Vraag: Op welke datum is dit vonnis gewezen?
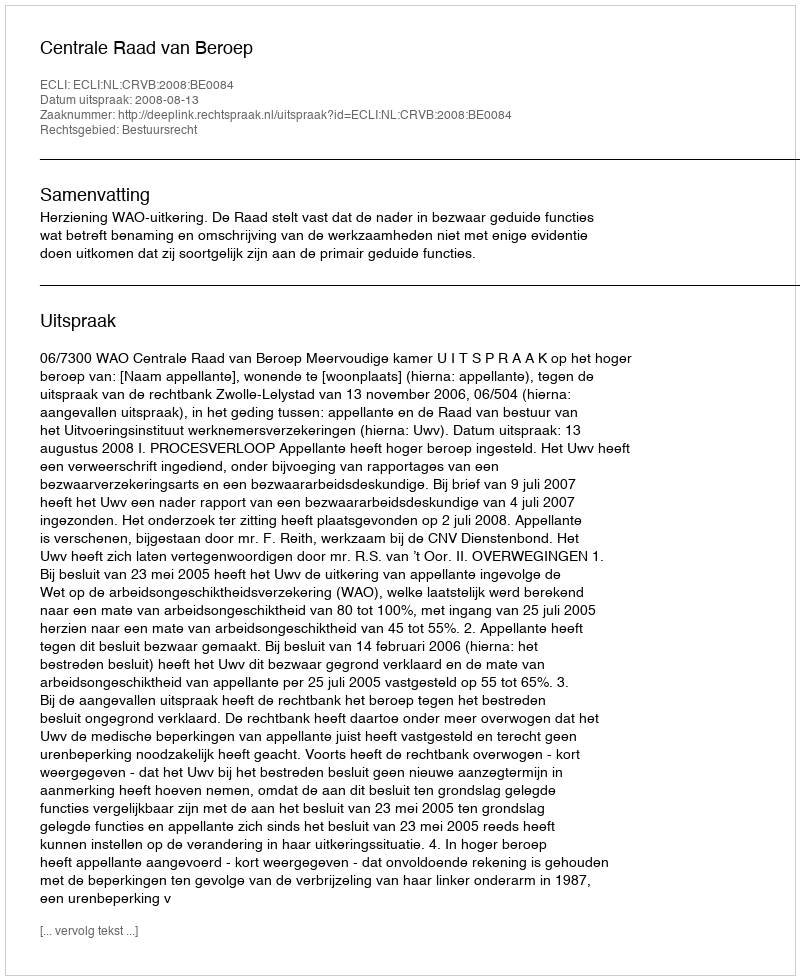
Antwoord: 2008-08-13